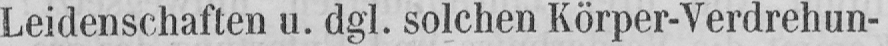
Leidenschaften u. dgl. solchen Körper-Verdrehun-